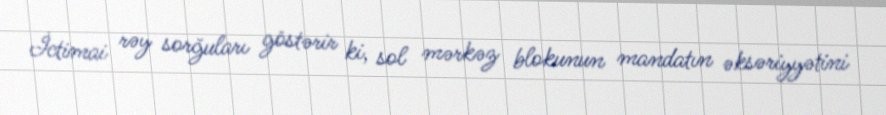
İctimai rəy sorğuları göstərir ki, sol mərkəz blokunun mandatın əksəriyyətini